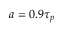
a = 0 . 9 \tau _ { p }